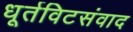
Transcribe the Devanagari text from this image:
धूर्तविटसंवाद